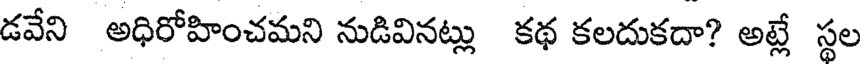
డవేని అధిరోహించమని నుడివినట్లు కథ కలదుకదా? అట్లే స్థల